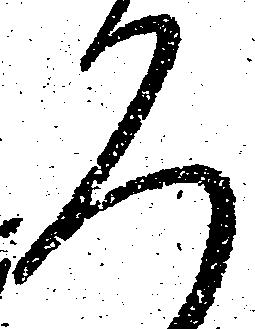
ろ